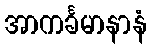
အာကင်္ခမာနာနံ